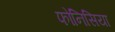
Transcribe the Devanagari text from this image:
फोनिसिया